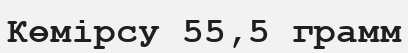
Көмірсу 55,5 грамм